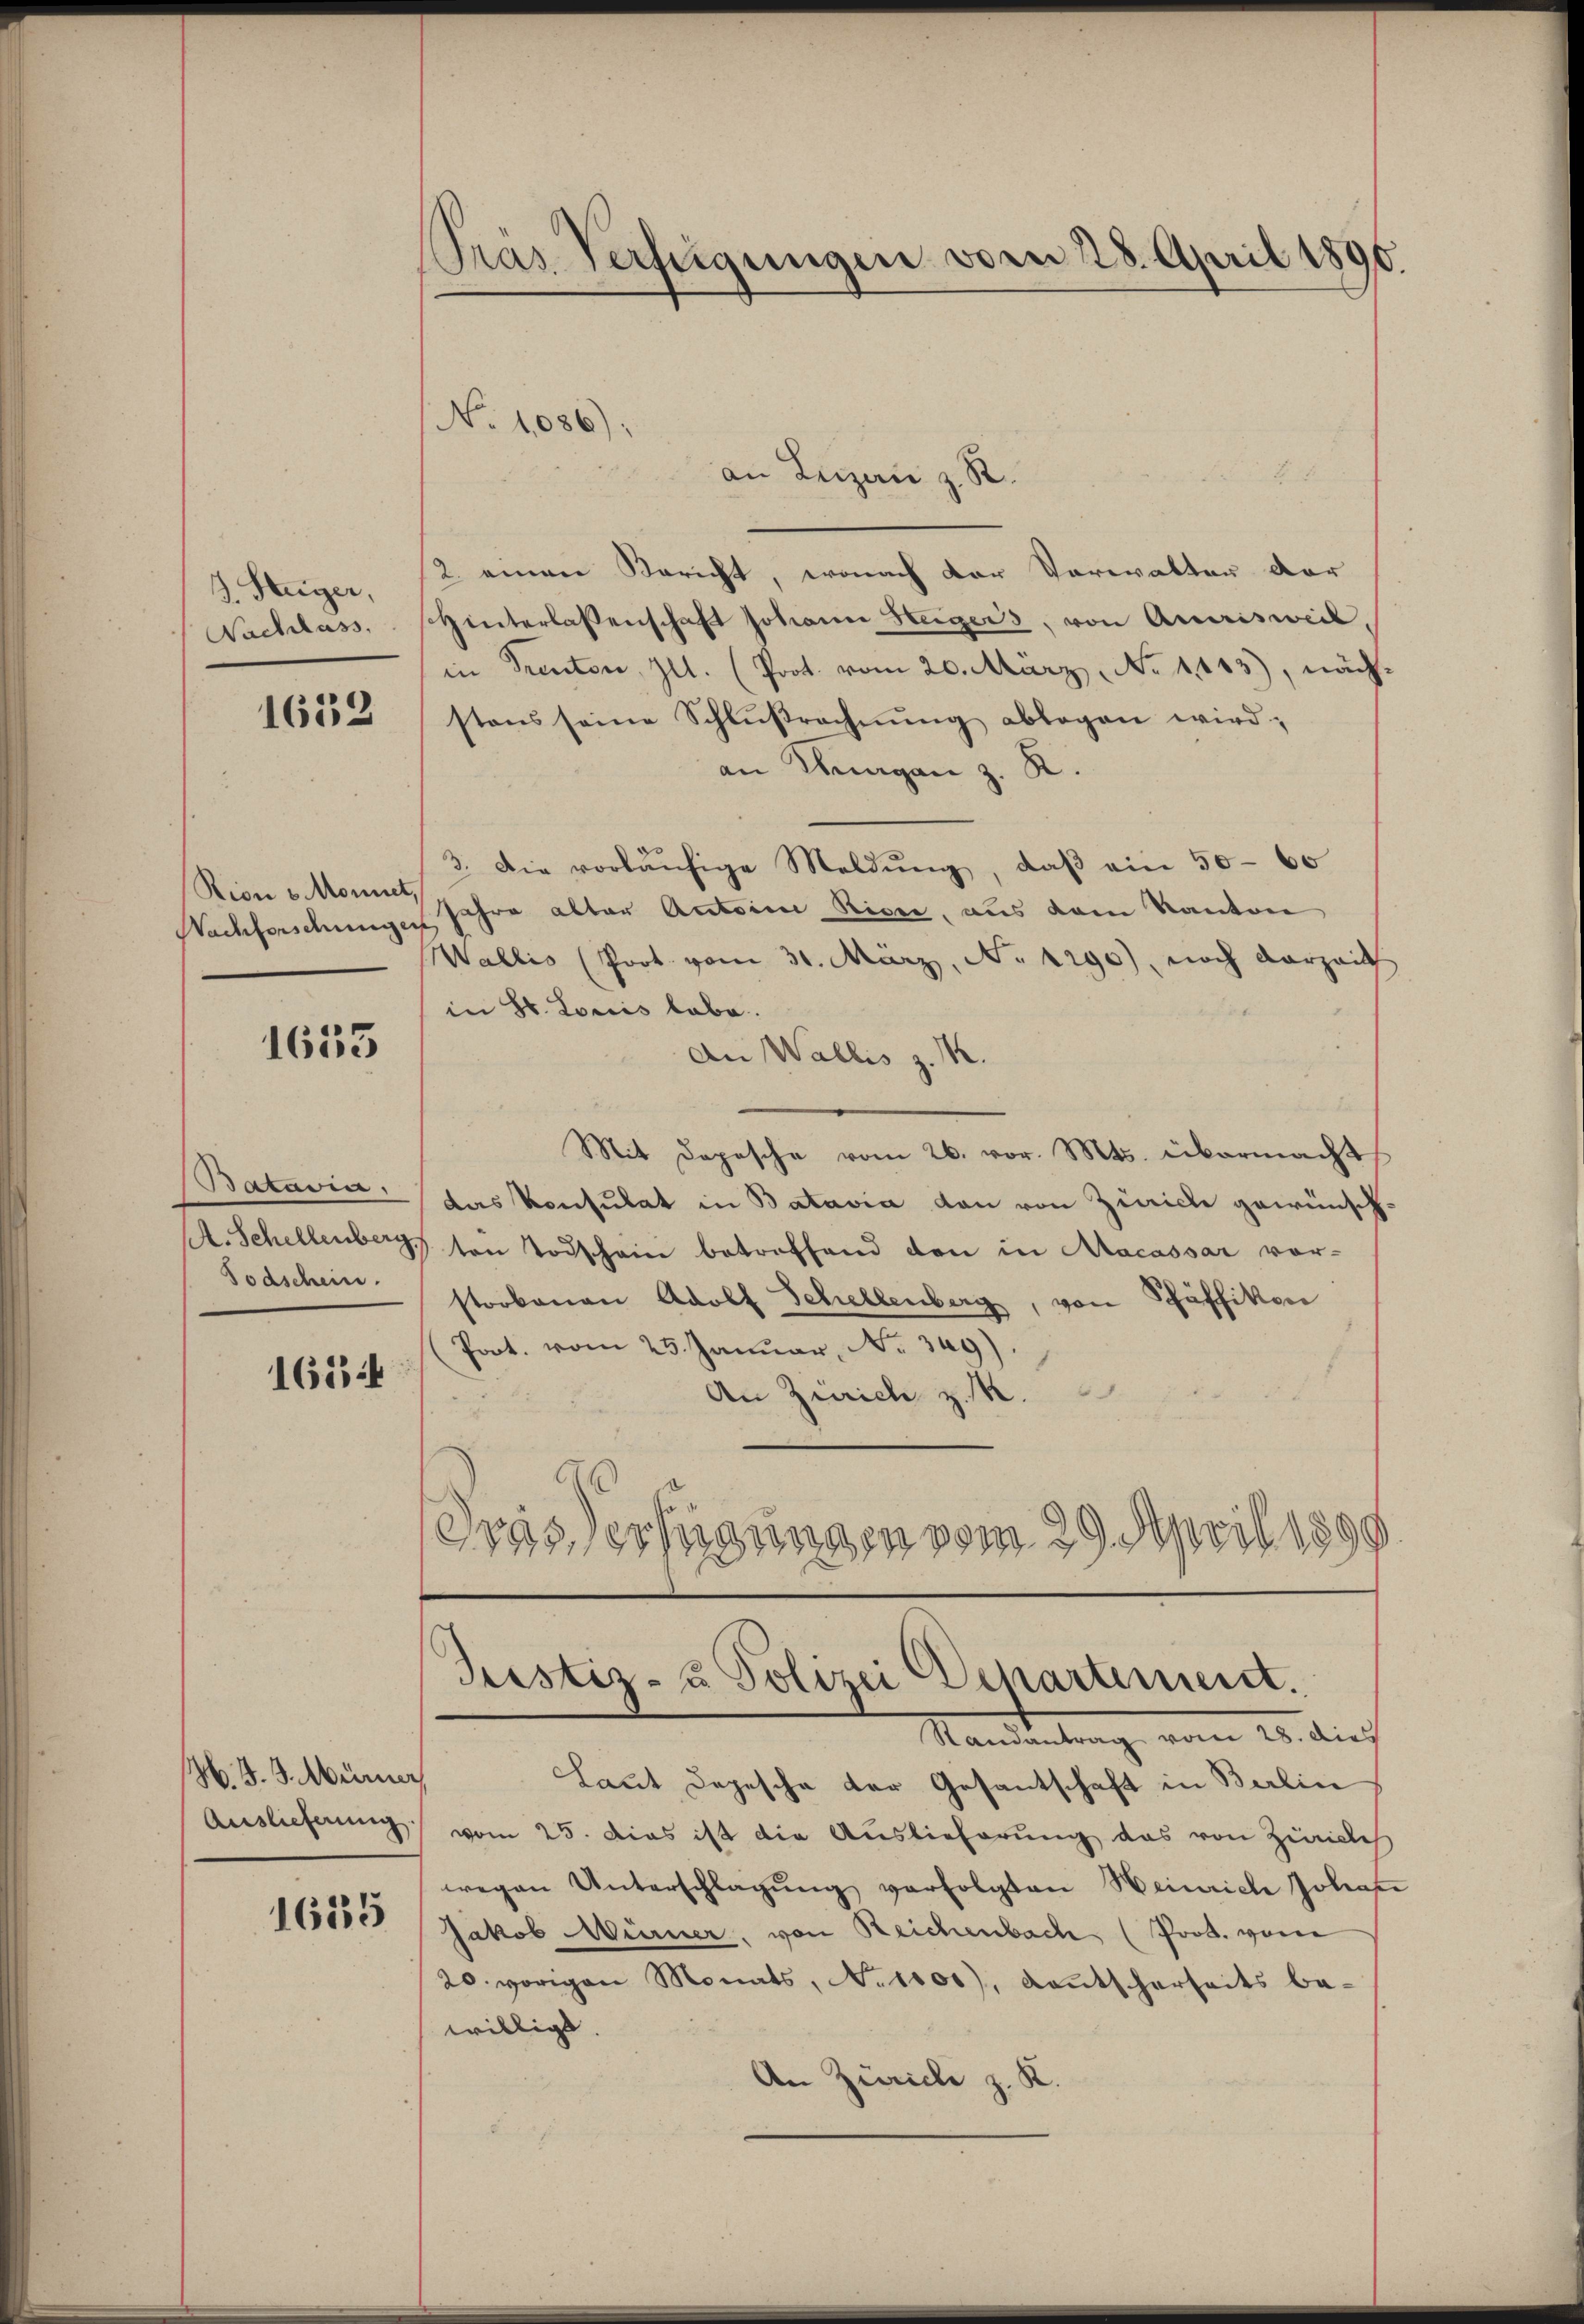
B. Steiger,
Nachlass,

1653

Rion v. Monne
Nachforschung

1635

Batavia,
A. Schellenberg
Todschein.

1654

H. d. J. Mürner
Auslieferung.

1635

Pras Verfügungen vom 28. April 1890.

No 1086);

N 2
an Leizen z. R.
2. einen Bericht, wonach der Vorwalten der
Hinterlassenschaft Johann Steigers, von Amrisweil,
in Prenten Ill. (Prot. vom 20. März No 1413), näch
stens seine Schlŭβrechnŭng ablegen wird;
an Wagen z. R.
3. Die vorläŭfige Meldŭng, daβ ein 50. 60
Jahre alter Antoine Risse, aus dem Kanton
Wallis (Prot. vom 31. März, No. 1290), noch darzeit
in St. Louis habe.
An Wallis z. K.
Mit Depesche vom 26. vor. Mts. übermacht
das konsulat in Batavia von von Zürich gewünsch¬
1 ten Todschein betreffend den in Macassar vor-
storbenen Adolf Schellenberg, von Schäffikon
Poot. vom 25. Januar, No. 349)
An Zürich z. M.
1
Grass erfügungen vom 29. April 1890

Justiz- & Polizei Departement.

Mandantung vom 23. dief
Laut Depesche der Gesantschaft in Berlin
vom 25. Das ist die Auslieferung das von Zürich
wegen Unterschlagŭng verfolgten Heinrich Johan
Jakob Würner, von Reichenbach (Prot. von
20. vorigen Monats, No 1100), Laŭtscherseits be-
willigt.
An Zürich z. K.